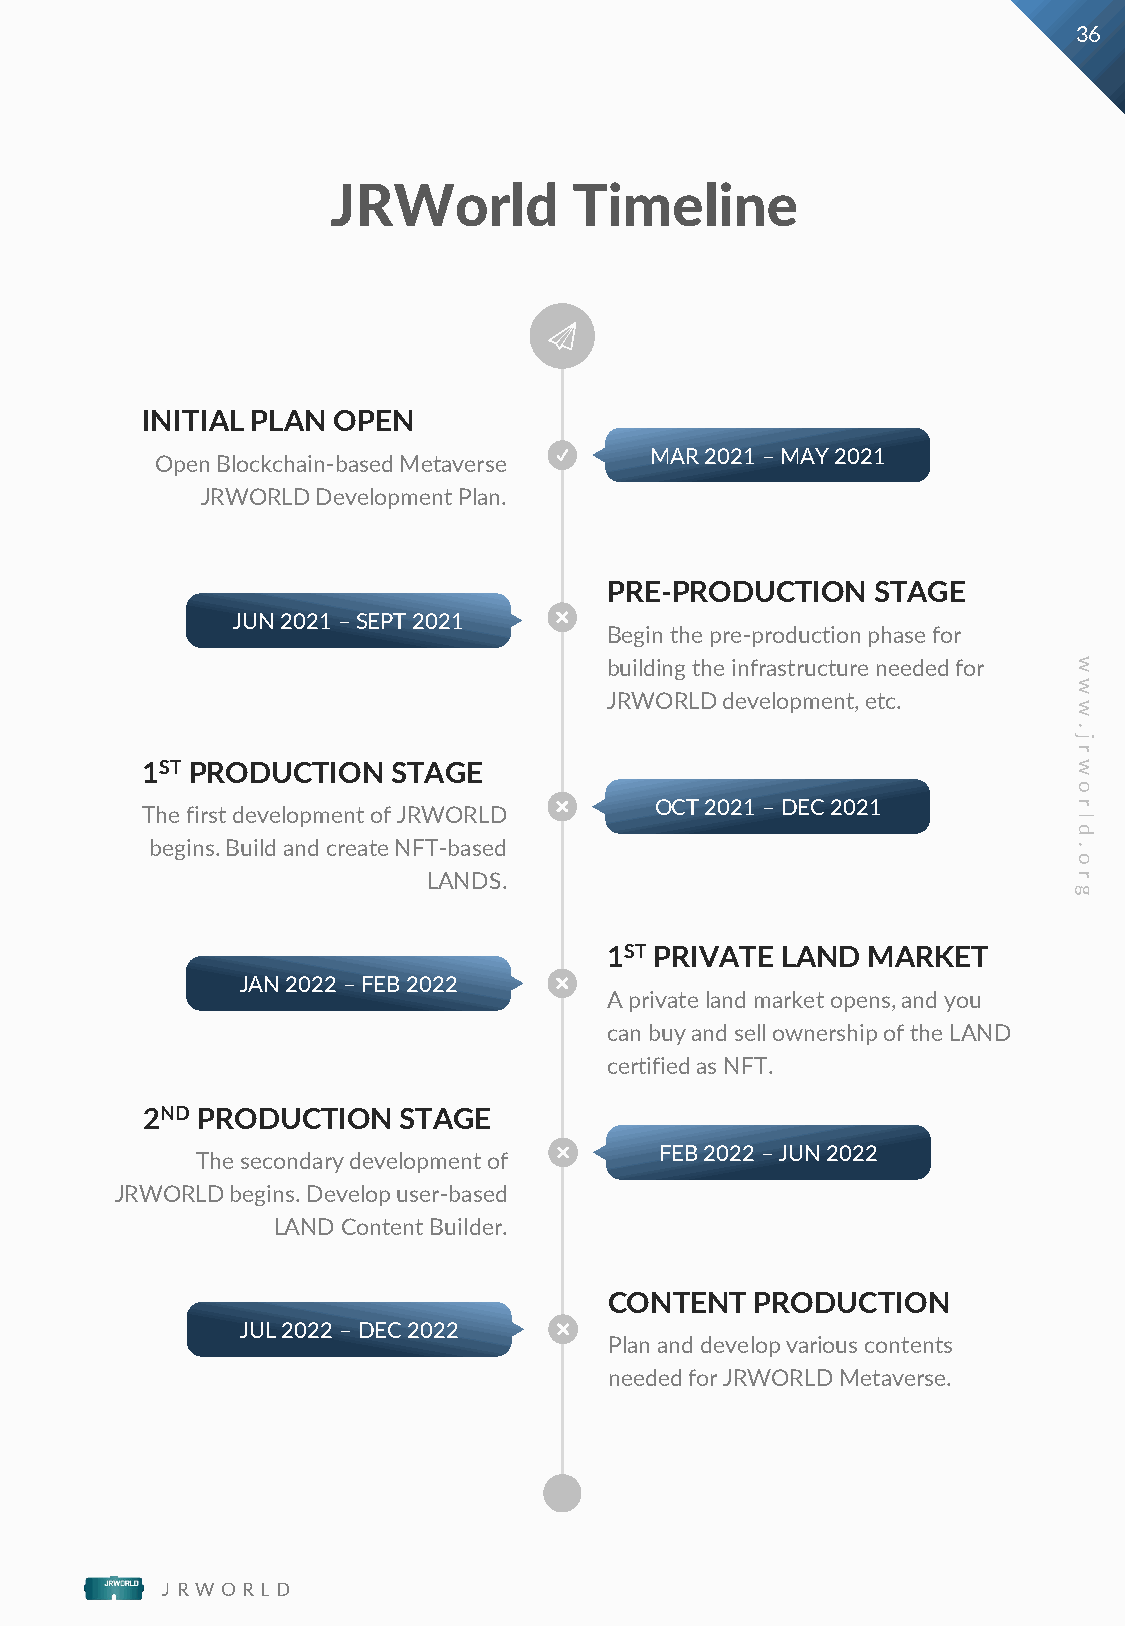
36
 JRWorld         Timeline
 INITIAL PLAN OPEN
 MAR 2021 –MAY 2021
 Open Blockchain-based Metaverse
 JRWORLD Development Plan.
 PRE-PRODUCTION    STAGE
 JUN 2021 –SEPT 2021
 Begin the pre-production phase for
 building the infrastructure needed for w
 w
 JRWORLD development, etc.
 w
 .
 j
 r
 1ST PRODUCTION   STAGE                                        w
 o
 The first development of JRWORLD  OCT 2021 –DEC 2021          r
 l
 d
 begins. Build and create NFT-based                           .
 o
 LANDS.                                     r
 g
 1ST PRIVATE LAND MARKET
 JAN 2022 –FEB 2022
 A private land market opens, and you
 can buy and sell ownership of the LAND
 certified as NFT.
 2ND PRODUCTION   STAGE
 FEB 2022 –JUN 2022
 The secondary development of
 JRWORLD begins. Develop user-based
 LAND Content Builder.
 CONTENT   PRODUCTION
 JUL 2022 –DEC 2022
 Plan and develop various contents
 needed for JRWORLD Metaverse.
 J R W O R L D